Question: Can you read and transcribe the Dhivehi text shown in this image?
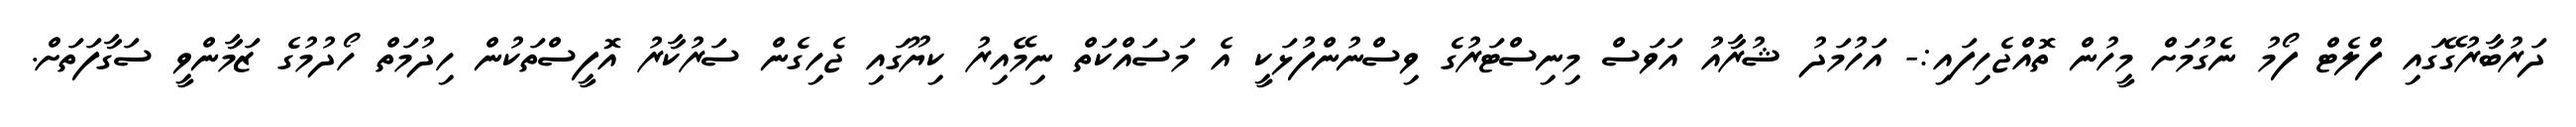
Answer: ދަރުބާރުގޭގައި ފްލެޓް ފޯމު ނެގުމަށް މީހުން ތޮއްޖެހިފައި:- އަހުމަދު ޝުރާއު އަވަސް މިނިސްޓަރުގެ ވިސްނުންފުޅަކީ އެ މަސައްކަތް ނިމޭއިރު ކިޔޫގައި ޖެހިގެން ސަރުކާރު އޮފީސްތަކުން ހިދުމަތް ހޯދުމުގެ ޒަމާންވީ ސަގާފަތަށް.